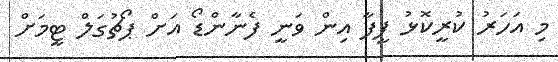
މި އަހަރު ކުރީކޮޅު ފީފާ އިން ވަނީ ފެނާންޑޯ އަށް ޕޯޗުގަލް ޓީމަށް